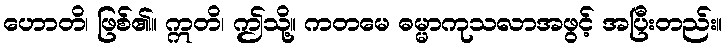
ဟောတိ၊ ဖြစ်၏။ ဣတိ၊ ဤသို့။ ကတမေ ဓမ္မာကုသလာအဖွင့် အပြီးတည်း။